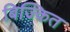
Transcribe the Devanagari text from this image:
बिज्कित